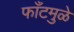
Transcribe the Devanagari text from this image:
फाँटमुळे